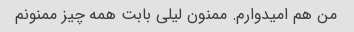
من هم امیدوارم. ممنون لیلی بابت همه چیز ممنونم